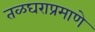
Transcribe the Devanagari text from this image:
तळघराप्रमाणे